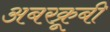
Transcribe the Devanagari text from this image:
अबरक्रूबी